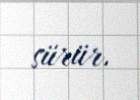
sürür.